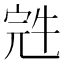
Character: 𰍁